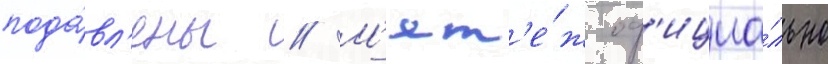
пода́вл'ены // М'ят'е́ж оф'ициа́льно